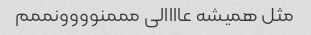
مثل همیشه عاااالی مممنوووونممم